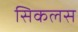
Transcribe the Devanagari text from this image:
सिकलस